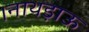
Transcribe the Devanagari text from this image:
।नाथड़ाऊ